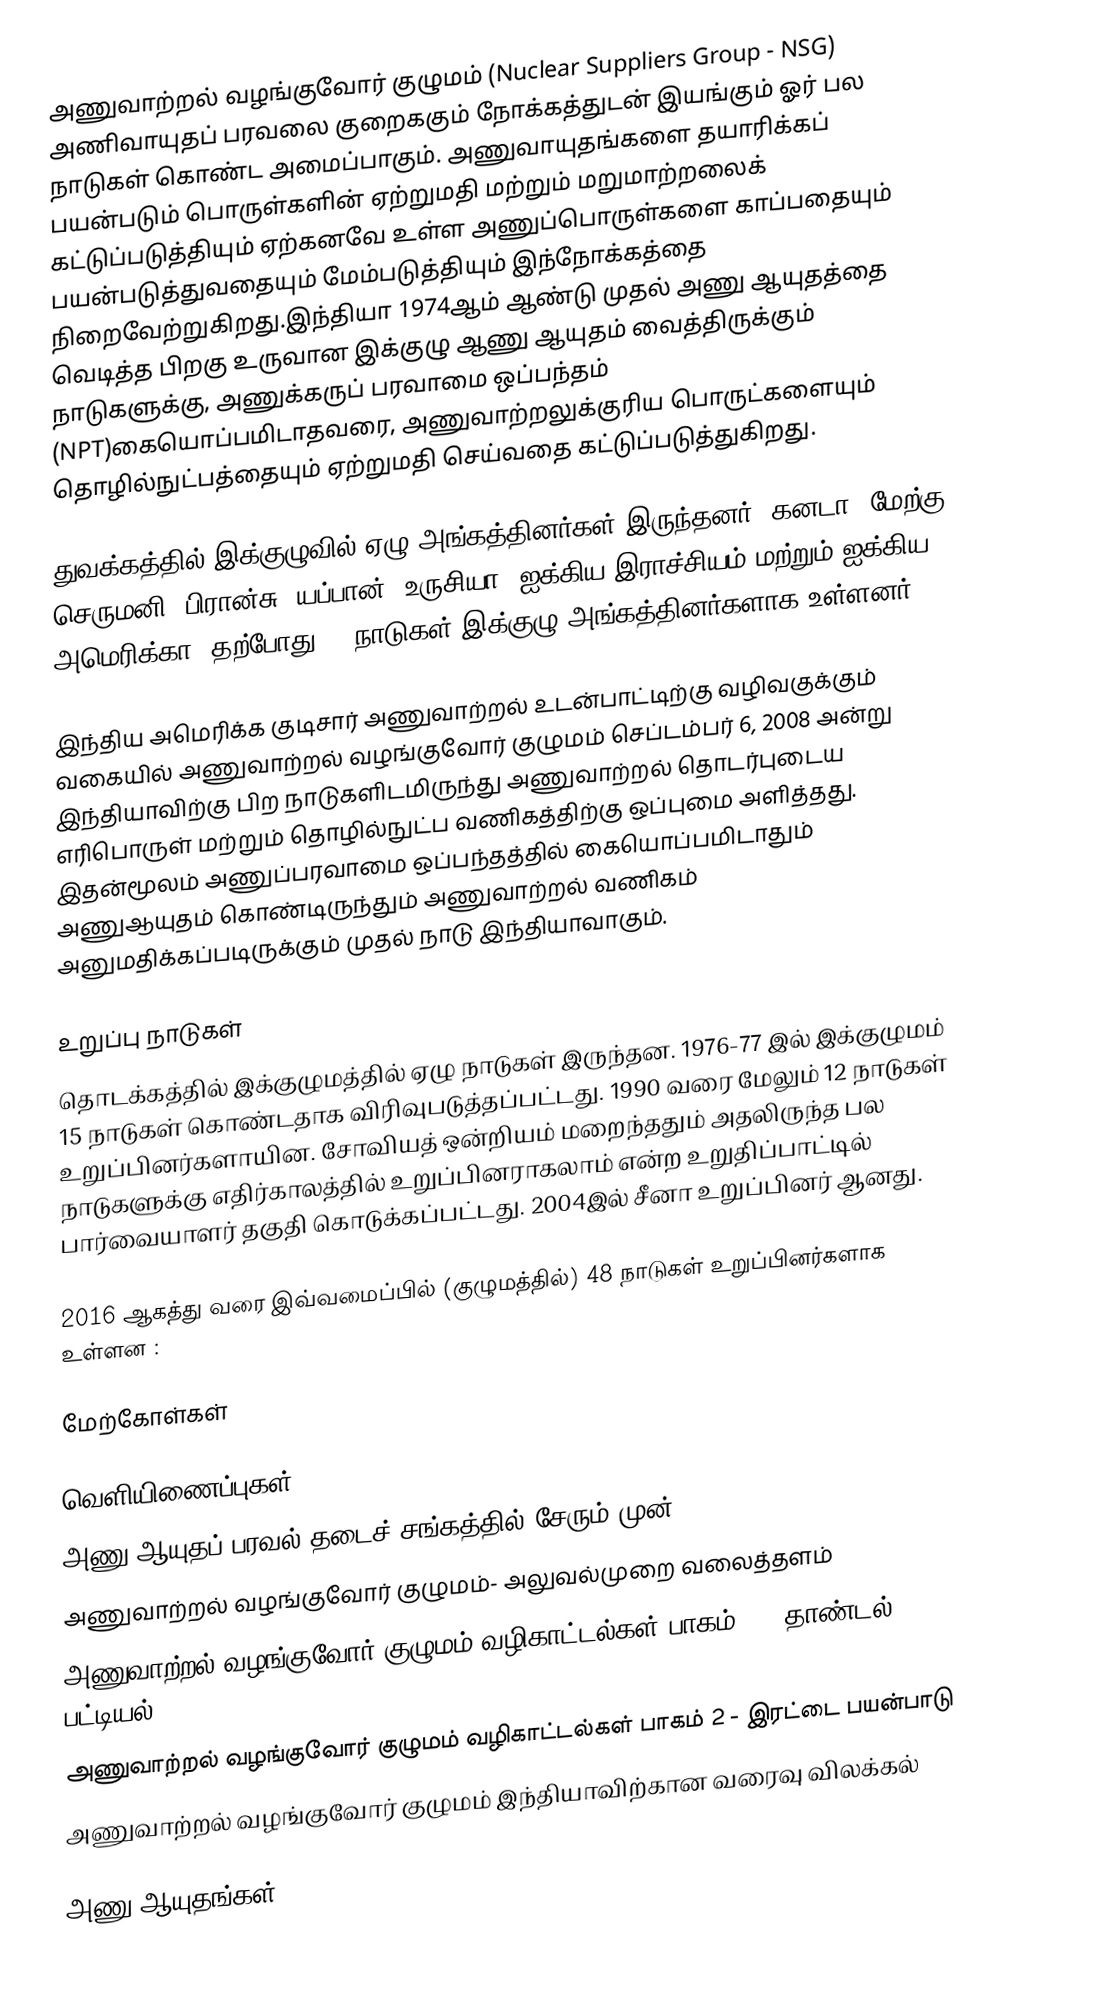
அணுவாற்றல் வழங்குவோர் குழுமம் (Nuclear Suppliers Group - NSG) அணிவாயுதப் பரவலை குறைககும் நோக்கத்துடன் இயங்கும் ஓர் பல நாடுகள் கொண்ட அமைப்பாகும். அணுவாயுதங்களை தயாரிக்கப் பயன்படும் பொருள்களின் ஏற்றுமதி மற்றும் மறுமாற்றலைக் கட்டுப்படுத்தியும் ஏற்கனவே உள்ள அணுப்பொருள்களை காப்பதையும் பயன்படுத்துவதையும்  மேம்படுத்தியும் இந்நோக்கத்தை நிறைவேற்றுகிறது.இந்தியா 1974ஆம் ஆண்டு முதல் அணு ஆயுதத்தை வெடித்த பிறகு உருவான இக்குழு ஆணு ஆயுதம் வைத்திருக்கும் நாடுகளுக்கு, அணுக்கருப் பரவாமை ஒப்பந்தம் (NPT)கையொப்பமிடாதவரை, அணுவாற்றலுக்குரிய பொருட்களையும் தொழில்நுட்பத்தையும் ஏற்றுமதி செய்வதை கட்டுப்படுத்துகிறது.

துவக்கத்தில் இக்குழுவில் ஏழு அங்கத்தினர்கள் இருந்தனர்: கனடா, மேற்கு செருமனி, பிரான்சு, யப்பான், உருசியா,  ஐக்கிய இராச்சியம் மற்றும் ஐக்கிய அமெரிக்கா. தற்போது 48 நாடுகள் இக்குழு அங்கத்தினர்களாக உள்ளனர்.

இந்திய அமெரிக்க குடிசார் அணுவாற்றல் உடன்பாட்டிற்கு வழிவகுக்கும் வகையில் அணுவாற்றல் வழங்குவோர் குழுமம் செப்டம்பர் 6, 2008 அன்று இந்தியாவிற்கு பிற நாடுகளிடமிருந்து அணுவாற்றல் தொடர்புடைய எரிபொருள் மற்றும் தொழில்நுட்ப வணிகத்திற்கு ஒப்புமை அளித்தது.  இதன்மூலம் அணுப்பரவாமை ஒப்பந்தத்தில் கையொப்பமிடாதும் அணுஆயுதம்  கொண்டிருந்தும் அணுவாற்றல் வணிகம் அனுமதிக்கப்படிருக்கும் முதல் நாடு  இந்தியாவாகும்.

உறுப்பு நாடுகள்
தொடக்கத்தில் இக்குழுமத்தில் ஏழு நாடுகள் இருந்தன. 1976-77 இல் இக்குழுமம் 15 நாடுகள் கொண்டதாக விரிவுபடுத்தப்பட்டது. 1990 வரை மேலும் 12 நாடுகள் உறுப்பினர்களாயின. சோவியத் ஒன்றியம் மறைந்ததும் அதலிருந்த பல நாடுகளுக்கு எதிர்காலத்தில் உறுப்பினராகலாம் என்ற உறுதிப்பாட்டில் பார்வையாளர் தகுதி கொடுக்கப்பட்டது. 2004இல் சீனா உறுப்பினர் ஆனது.

 2016 ஆகத்து வரை இவ்வமைப்பில் (குழுமத்தில்) 48 நாடுகள் உறுப்பினர்களாக உள்ளன :

மேற்கோள்கள்

வெளியிணைப்புகள்
 அணு ஆயுதப் பரவல் தடைச் சங்கத்தில் சேரும் முன்..
 அணுவாற்றல் வழங்குவோர் குழுமம்- அலுவல்முறை வலைத்தளம்
 அணுவாற்றல் வழங்குவோர் குழுமம் வழிகாட்டல்கள் பாகம் 1 - தாண்டல் பட்டியல்
 அணுவாற்றல் வழங்குவோர் குழுமம் வழிகாட்டல்கள் பாகம் 2 - இரட்டை பயன்பாடு
 அணுவாற்றல் வழங்குவோர் குழுமம் இந்தியாவிற்கான வரைவு விலக்கல்

அணு ஆயுதங்கள்